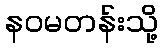
နဝမတန်းသို့